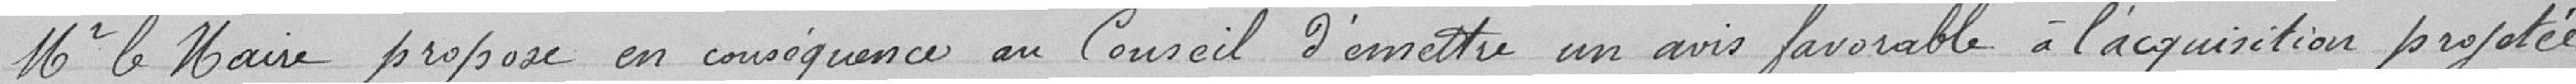
Mr le Maire propose en conséquence au Conseil d'émettre un avis favorable à l'acquisition projetée